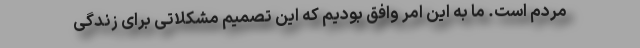
مردم است. ما به این امر وافق بودیم که این تصمیم مشکلاتی برای زندگی